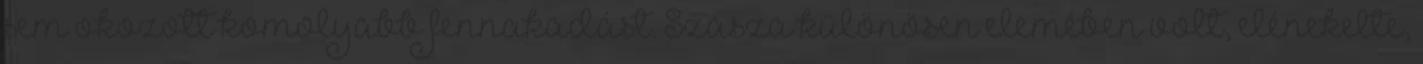
sem okozott komolyabb fennakadást. Szasza különösen elemében volt, elénekelte,